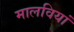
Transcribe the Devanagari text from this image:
मालवियां